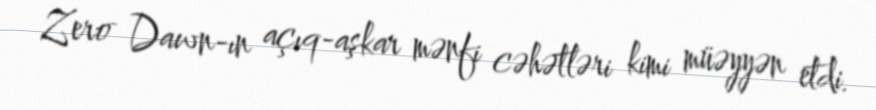
Zero Dawn-ın açıq-aşkar mənfi cəhətləri kimi müəyyən etdi.